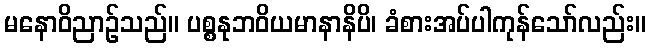
မနောဝိညာဉ်သည်။ ပစ္စနုဘဝိယမာနာနိပိ၊ ခံစားအပ်ပါကုန်သော်လည်း။